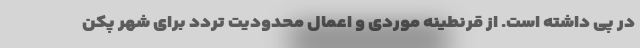
در پی داشته است. از قرنطینه موردی و اعمال محدودیت تردد برای شهر پکن